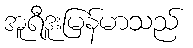
အူရီဒူးမြန်မာသည်